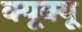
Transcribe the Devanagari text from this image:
क्यूक्यू